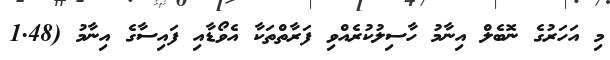
މި އަހަރުގެ ނޮބެލް އިނާމު ހާސިލުކުރެއްވި ފަރާތްތަކާ އެވޯޑާއި ފައިސާގެ އިނާމު (1.48